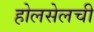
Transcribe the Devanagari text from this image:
होलसेलची